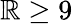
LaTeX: \mathbb{R}\geq9